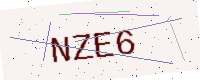
Text: NZE6